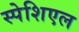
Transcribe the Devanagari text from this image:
स्पेशिएल